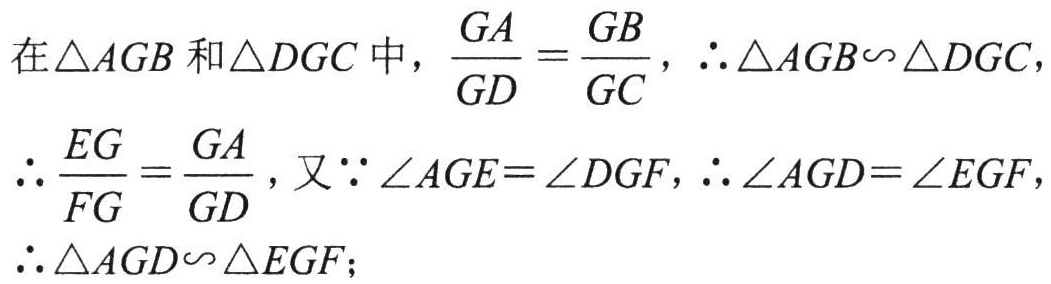
在$\triangle AGB$和$\triangle DGC$中，$\dfrac{GA}{GD}=\dfrac{GB}{GC}$，$\therefore\triangle AGB\sim\triangle DGC$，
$\therefore \dfrac{EG}{FG}=\dfrac{GA}{GD}$，又$\because\angle AGE = \angle DGF$，$\therefore\angle AGD=\angle EGF$，
$\therefore\triangle AGD\sim\triangle EGF$；